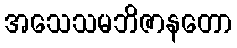
အသေသမဘိဇာနတော